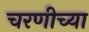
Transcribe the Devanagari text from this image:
चरणीच्या